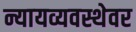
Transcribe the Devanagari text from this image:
न्यायव्यवस्थेवर